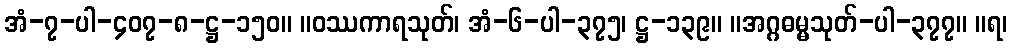
အံ-၇-ပါ-၄၀၇-၈-ဋ္ဌ-၁၅၀။ ။ဝဿကာရသုတ်၊ အံ-၆-ပါ-၃၇၅၊ ဋ္ဌ-၁၃၉။ ။အဂ္ဂဓမ္မသုတ်-ပါ-၃၇၇။ ။ရ၊